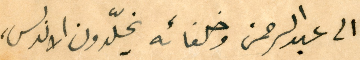
الى عبد الرحمن وخلفائه يخلّدون الاندلس،